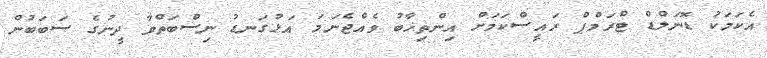
އެކަމަކު ޑޮނަލްޑް ޓްރަމްޕް ރައީސްކަމަށް އިންތިޚާބު ވެއްޖެނަމަ އަޅުގަނޑު ނިސްބަތްވާ ދީނުގެ ސަބަބުން